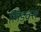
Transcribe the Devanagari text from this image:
लिडक्स